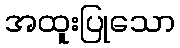
အထူးပြုသော